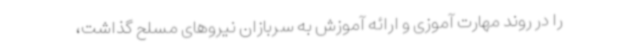
را در روند مهارت آموزی و ارائه آموزش به سربازان نیروهای مسلح گذاشت،